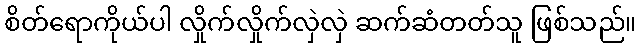
စိတ်ရောကိုယ်ပါ လှိုက်လှိုက်လှဲလှဲ ဆက်ဆံတတ်သူ ဖြစ်သည်။